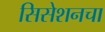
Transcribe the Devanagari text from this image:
सिसेशनचा